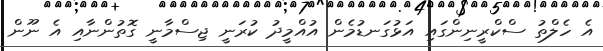
އެ ހެލްތު ސްކްރީނިންގައި އަޅުގަނޑުމެން އުއްމީދު ކުރަނީ ޖިސްމާނީ ގޮތުންނާއި އެ ނޫން